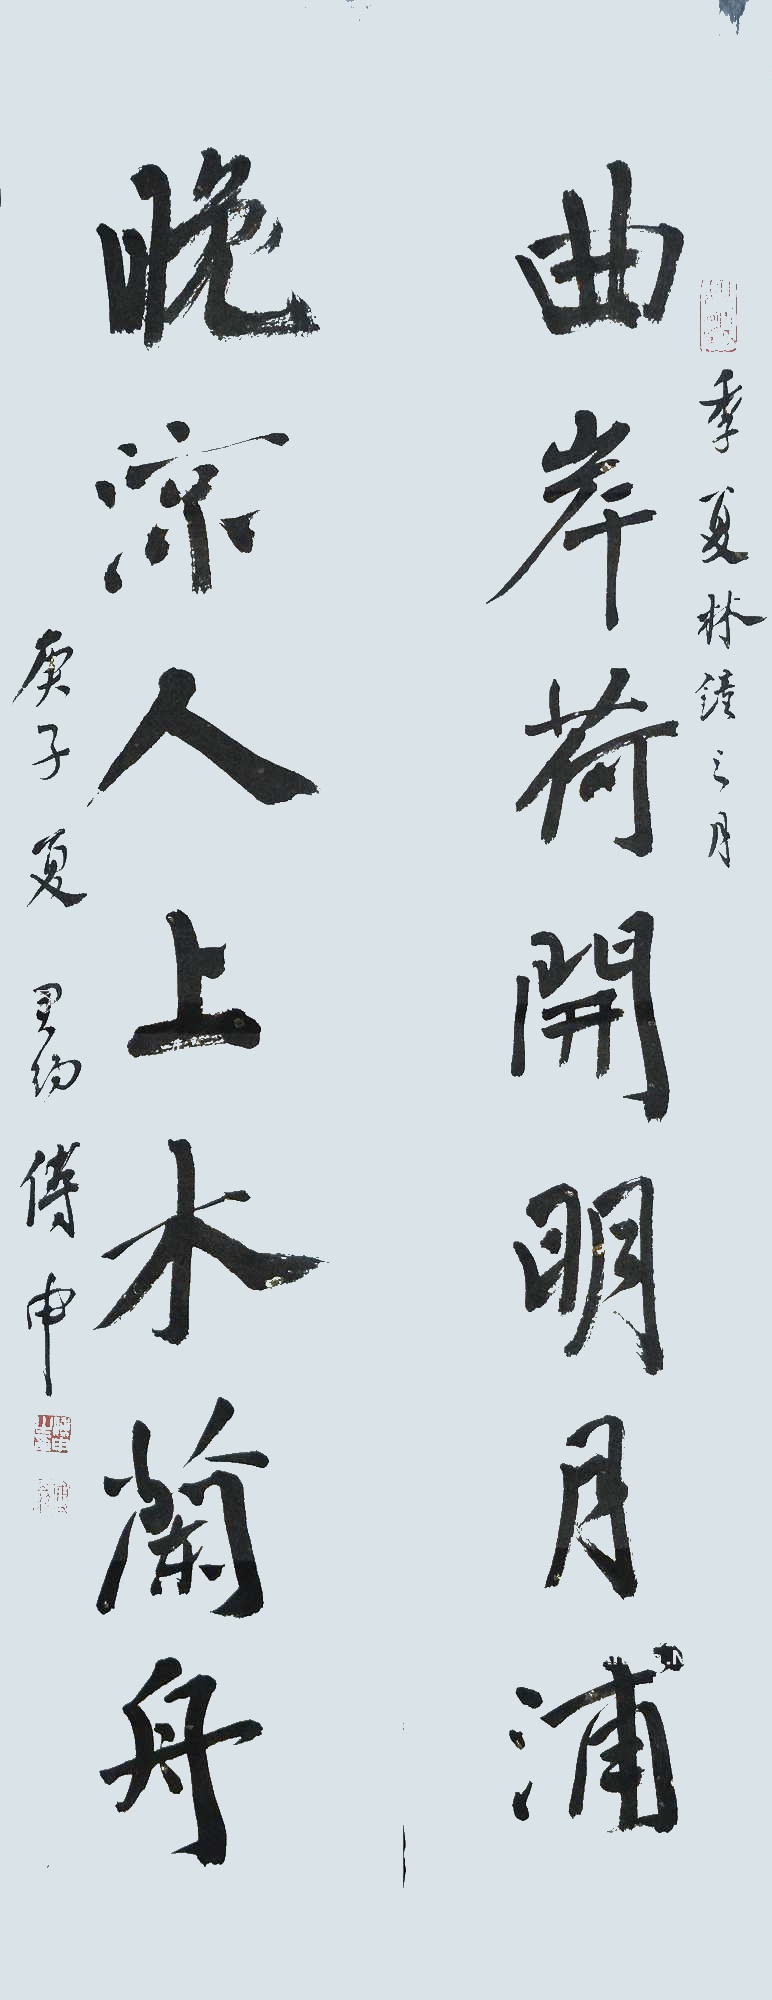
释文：曲岸荷开明月浦，晚凉人上木兰舟。季夏林镜之月，庚子夏君约傅申。